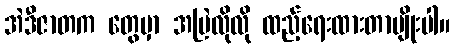
အဲဒီဇာတက တွေမှာ အမြဲလိုလို ထည့်ရေးထားတာမျိုးပါ။